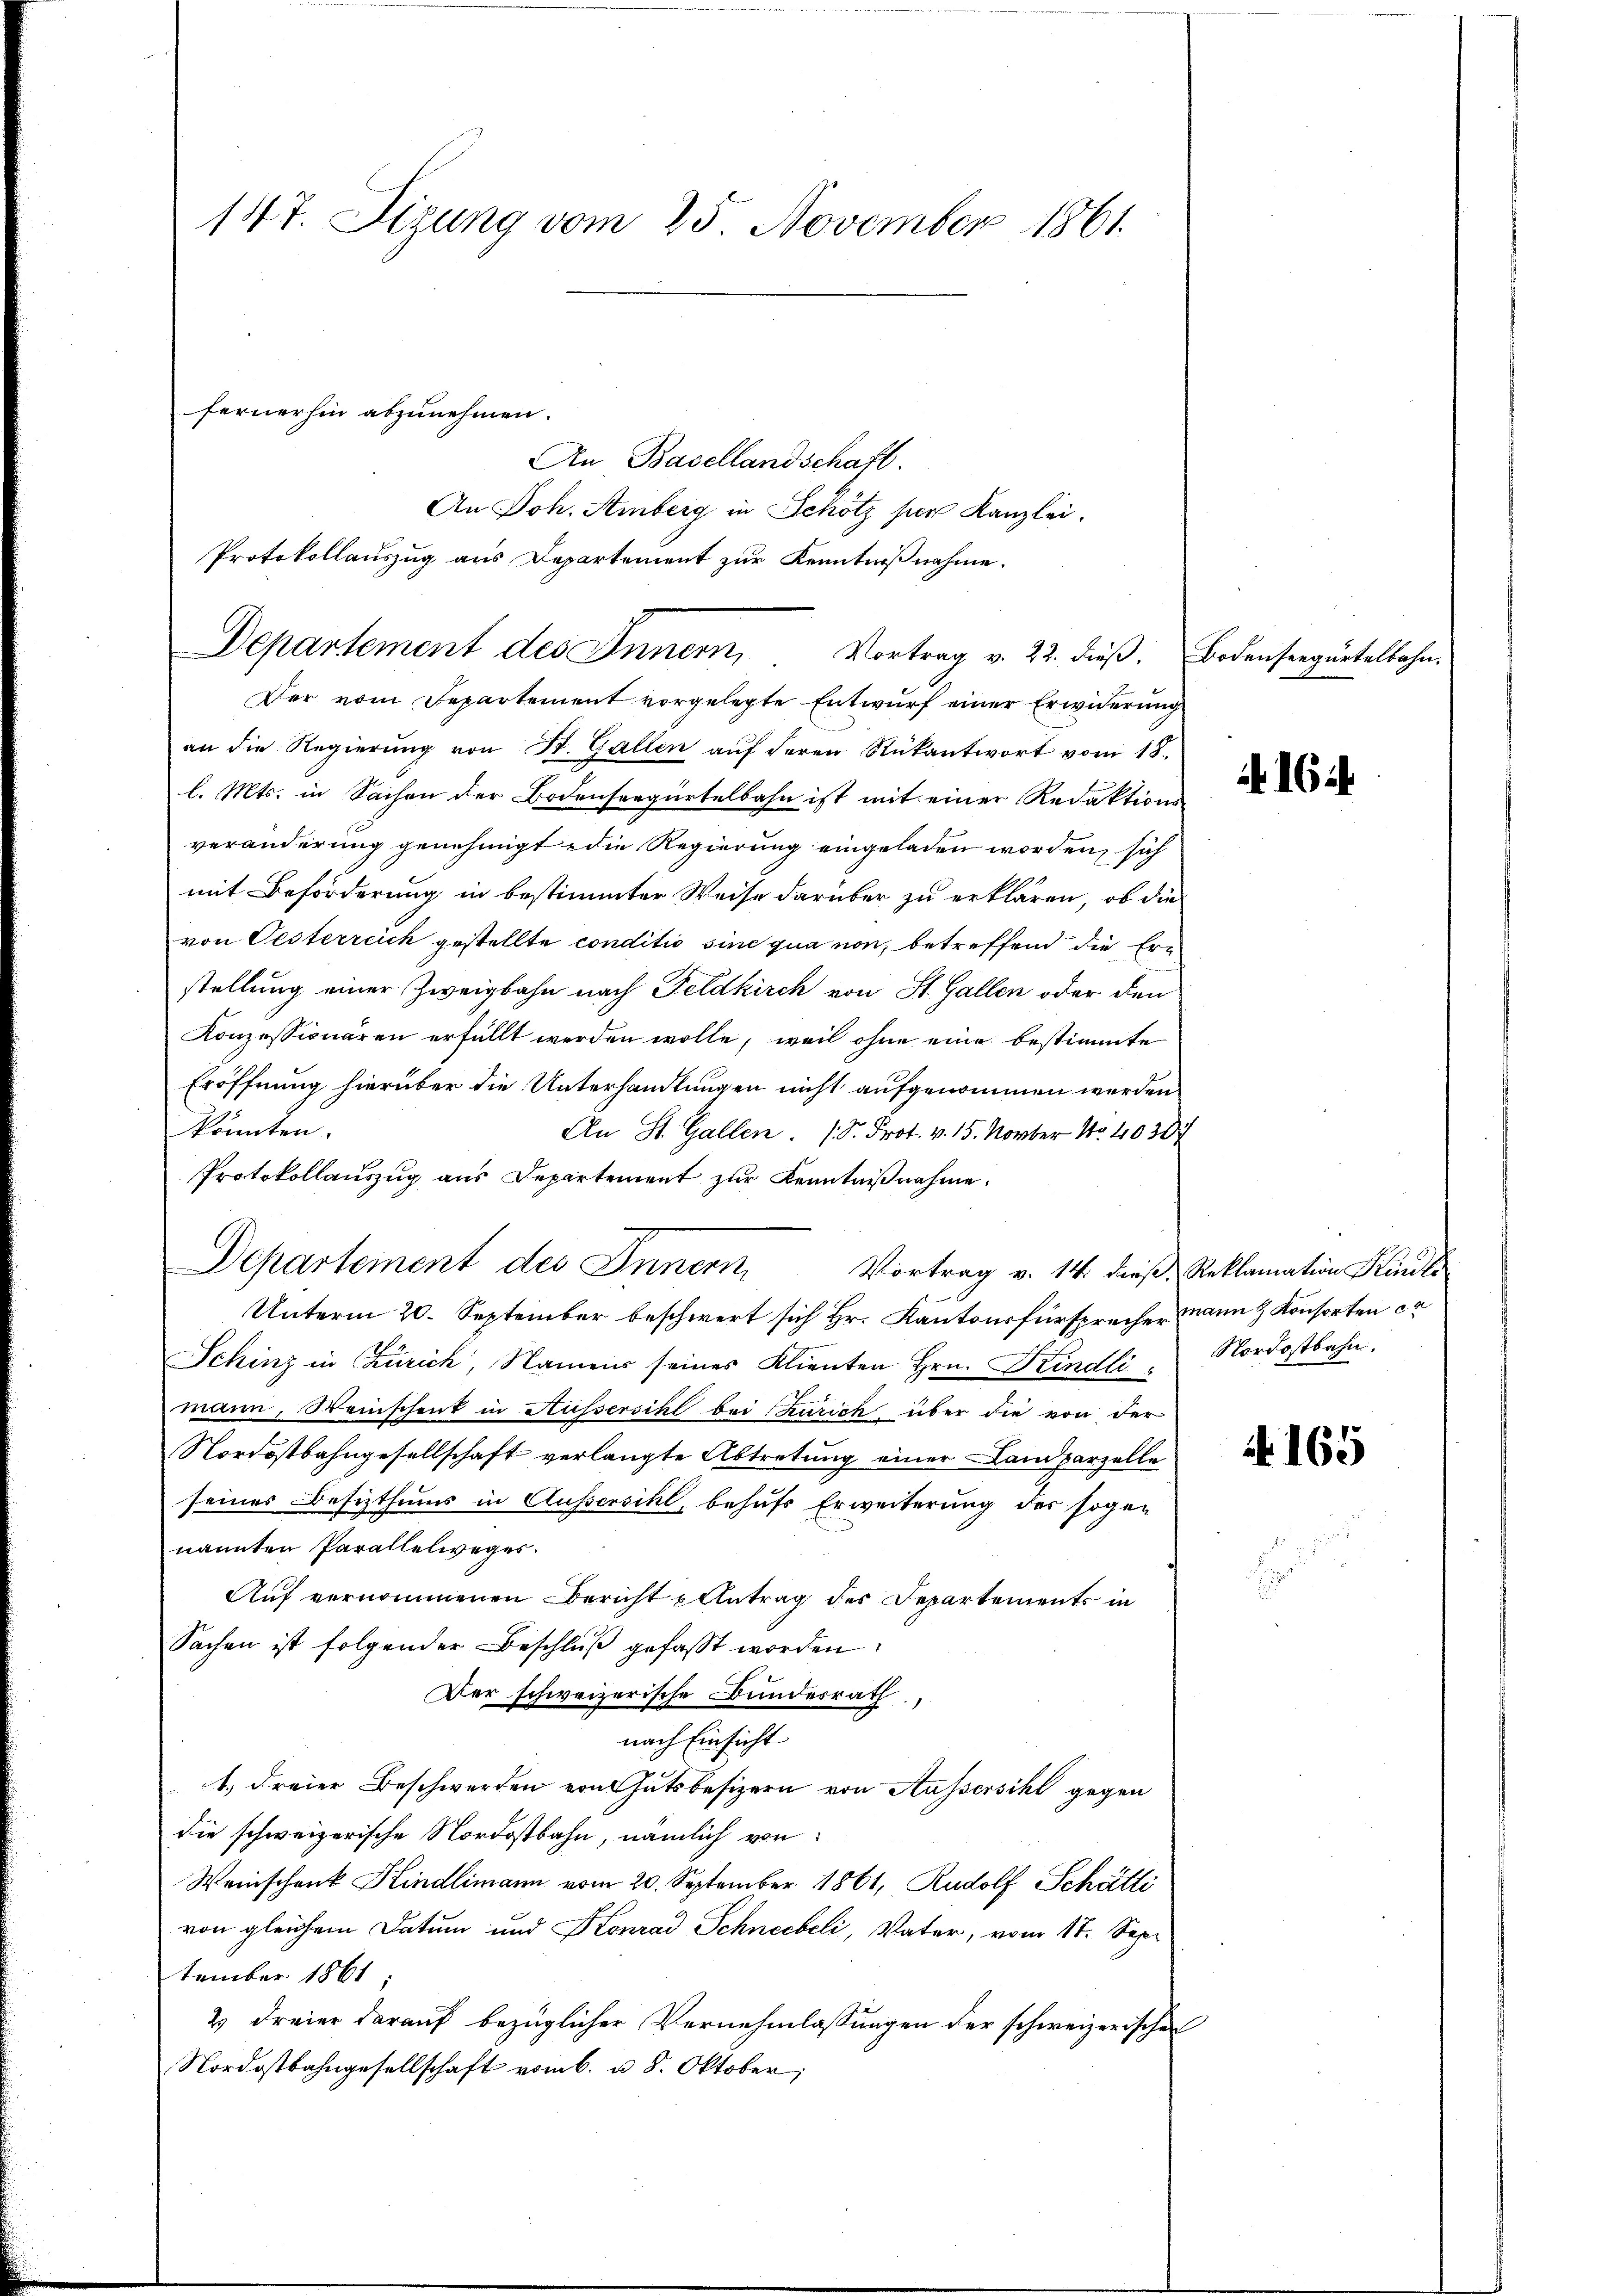
147. Sizung vom 25. November 1861
fernerhin abzunehmen.
An Basellandschaft.

Departement des Innern
Vortrag v. 22. dieß. Bodenseegurtelbahn.

Der vom Departement vorgelegte Entwurf einer Erwiderung
an die Regierŭng von St. Gallen aŭf deren Rükantwort vom 18.
l. Mts. in Sachen der Bodensregürtelbahn ist mit einer Redaktions-
veränderung genehmigt die Regierung eingeladen worden, sich
mit Beförderung in bestimmter Weise darüber zu erklären, ob die
von Oesterreich gestellte conditio sine qua non, betreffend die Erstellung einer Zweigbahn nach Feldkirch von St. Gallen oder den
Konzessionaren erfüllt werden wolle, weil ohne eine bestimmte
Eröffnung hierüber die Unterhandlungen nicht aufgenommen werden
könnten.
An St. Gallen. (S. Prot. v. 15. Novber 14030
Protokollauszug aus Departement zur Kenntnißnahme.
Departement des Innern
Vortrag v. 14. dieß, Reklamation Kindli
Unterm 20. September beschwert sich Hr. Kantonsfürsprecher mann & Konsorten ca
Schinz in Zürich, Namens seines Klienten Hrn. Kindli Nordostbahn.
mann, Weinschenk in Aussersihl bei Turich über die von der
Nordostbahngesellschaft verlangte Abtretung einer Landparzelle
seines Besizthums in Aussersihl, behufs Erweiterung des sogen
nannten Parallelweges.
Auf vernommenen Bericht zutrag der Departements in
Sachen ist folgender Beschluß gefasst worden.
Der schweizerische Bundesrath,
nach Einsicht
1.) Freier Beschwerden von Gutsbesizern von Aussersihl gegen
die schweizerische Nordostbahn, nämlich von
Weinschenk Hindlimann vom 20. September 1861, Rudolf Schätli
von gleichem Datum und Konrad Schneebeli, Vater, vom 17. Sept
tember 1861:
2) Freier darauf bezüglicher Vernehmlassungen der schweizerischen
Nordostbahngesellschaft vom 6. u. 8. Oktober,

An Joh. Amberg in Schötz per Kanzlei.
Protokollauszug aus Departement zur Kenntnißnahme.

16

N. 165